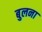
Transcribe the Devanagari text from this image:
बुलना